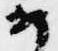
め